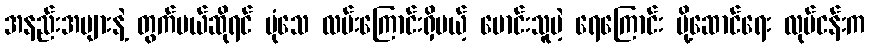
အနည်းအများနဲ့ တွက်မယ်ဆိုရင် ပုံသေ လမ်းကြောင်းရှိမယ့် မောင်းသူမဲ့ ရေကြောင်း ပို့ဆောင်ရေး လုပ်ငန်းက